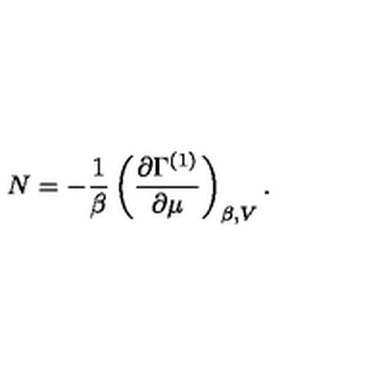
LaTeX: N = - \frac { 1 } { \beta } \left( \frac { \partial \Gamma ^ { ( 1 ) } } { \partial \mu } \right) _ { \beta , V } .